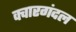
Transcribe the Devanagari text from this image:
क्वारगंदल